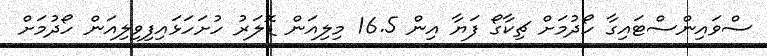
ސްވައިންސްޓައިގާ ހޯދުމަށް ޗިކާގޯ ފަޔާ އިން 16.5 މިލިއަން ޑޮލަރު ހުށަހަޅައިފިވިލިއަން ހޯދުމަށް